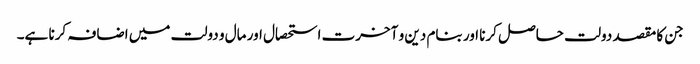
جن کا مقصد دولت حاصل کرنا اور بنام دین و آخرت استحصال اور مال و دولت میں اضافہ کرنا ہے۔